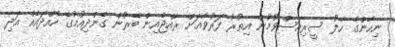
ނިހާންގެ ހާލު ސީރިއަސްވުމުން އިތުރު ފަރުވާއަށް ރާއްޖެއިން ބޭރުން ގެންދިއުމުގެ ހުއްދައެއް އަދި